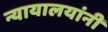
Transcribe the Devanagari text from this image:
न्यायालयांनी